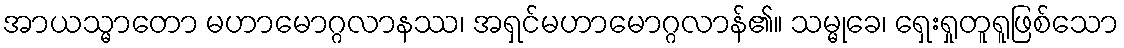
အာယသ္မာတော မဟာမောဂ္ဂလာနဿ၊ အရှင်မဟာမောဂ္ဂလာန်၏။ သမ္မုခေ၊ ရှေးရှုတူရူဖြစ်သော